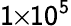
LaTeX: \mathsf{1}\! \! \times\! \! \mathsf{10}^{\mathsf{5}}